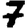
Digit: 7